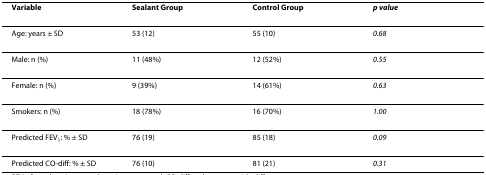
| Variable | Sealant Group | Control Group | p value |
 | --- | --- | --- | --- |
 | Age: years ± SD | 53 (12) | 55 (10) | 0.68 |
 | Male: n (%) | 11 (48%) | 12 (52%) | 0.55 |
 | Female: n (%) | 9 (39%) | 14 (61%) | 0.63 |
 | Smokers: n (%) | 18 (78%) | 16 (70%) | 1.00 |
 | Predicted FEV1: % ± SD | 76 (19) | 85 (18) | 0.09 |
 | Predicted CO-diff: % ± SD | 76 (10) | 81 (21) | 0.31 |